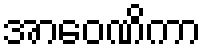
အာဝေဏိကာ